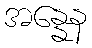
အန္နေန